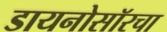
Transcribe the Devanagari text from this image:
डायनोसॉरचा